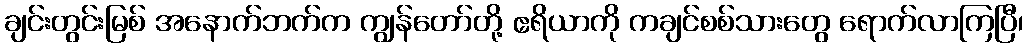
ချင်းတွင်းမြစ် အနောက်ဘက်က ကျွန်တော်တို့ ဧရိယာကို ကချင်စစ်သားတွေ ရောက်လာကြပြီ၊